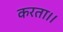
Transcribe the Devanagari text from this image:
करता।।